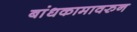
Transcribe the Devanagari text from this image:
बांधकामावरुन